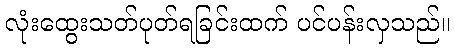
လုံးထွေးသတ်ပုတ်ရခြင်းထက် ပင်ပန်းလှသည်။